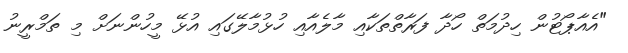
"އެއާޕޯޓުން ހިދުމަތް ހޯދާ ފަރާތްތަކާއި މާލެއާއި ހުޅުމާލޭގައި އުޅޭ މީހުންނަށް މި ތަމްރީނު